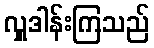
လှူဒါန်းကြသည်